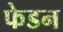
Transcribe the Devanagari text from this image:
फेडन